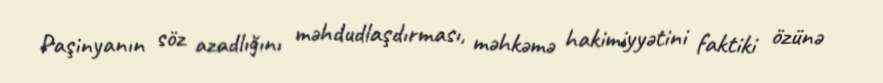
Paşinyanın söz azadlığını məhdudlaşdırması, məhkəmə hakimiyyətini faktiki özünə